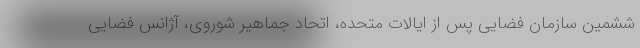
ششمین سازمان فضایی پس از ایالات متحده، اتحاد جماهیر شوروی، آژانس فضایی